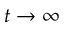
t \to \infty